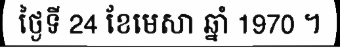
ថ្ងៃទី 24 ខែមេសា ឆ្នាំ 1970 ។